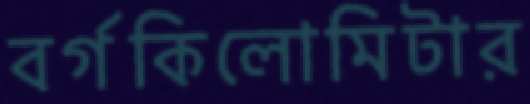
বর্গকিলোমিটার